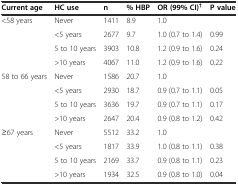
<table><thead><tr><td><b>Current age</b></td><td><b>HC use</b></td><td><b>n</b></td><td><b>% HBP</b></td><td><b>OR (99% CI)<sup>†</sup></b></td><td><b>P value</b></td></tr></thead><tbody><tr><td>&lt;58 years</td><td>Never</td><td>1411</td><td>8.9</td><td>1.0</td><td></td></tr><tr><td></td><td>&lt;5 years</td><td>2677</td><td>9.7</td><td>1.0 (0.7 to 1.4)</td><td>0.99</td></tr><tr><td></td><td>5 to 10 years</td><td>3903</td><td>10.8</td><td>1.2 (0.9 to 1.6)</td><td>0.24</td></tr><tr><td></td><td>&gt;10 years</td><td>4067</td><td>11.0</td><td>1.2 (0.9 to 1.6)</td><td>0.22</td></tr><tr><td>58 to 66 years</td><td>Never</td><td>1586</td><td>20.7</td><td>1.0</td><td></td></tr><tr><td></td><td>&lt;5 years</td><td>2930</td><td>18.7</td><td>0.9 (0.7 to 1.1)</td><td>0.05</td></tr><tr><td></td><td>5 to 10 years</td><td>3636</td><td>19.7</td><td>0.9 (0.7 to 1.1)</td><td>0.17</td></tr><tr><td></td><td>&gt;10 years</td><td>2647</td><td>20.4</td><td>0.9 (0.8 to 1.2)</td><td>0.42</td></tr><tr><td>≥67 years</td><td>Never</td><td>5512</td><td>33.2</td><td>1.0</td><td></td></tr><tr><td></td><td>&lt;5 years</td><td>1817</td><td>33.9</td><td>1.0 (0.8 to 1.1)</td><td>0.38</td></tr><tr><td></td><td>5 to 10 years</td><td>2169</td><td>33.7</td><td>0.9 (0.8 to 1.1)</td><td>0.23</td></tr><tr><td></td><td>&gt;10 years</td><td>1934</td><td>32.5</td><td>0.9 (0.8 to 1.0)</td><td>0.04</td></tr></tbody></table>